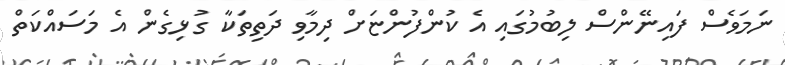
ނަމަވެސް ފައިނޭންސް ލިބުމުގައި އެ ކުންފުންޏަށް ދިމާވި ދަތިތަކާ ގުޅިގެން އެ މަސައްކަތް